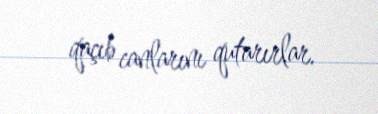
qaçıb canlarını qutarırlar.